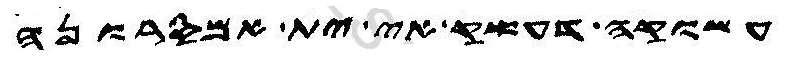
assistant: עשוקה דעשק אי ית אמסרונה